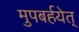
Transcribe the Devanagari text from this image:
मुपबर्हयेत्